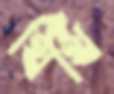
থিথি